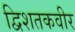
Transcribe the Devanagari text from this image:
द्विशतकवीर